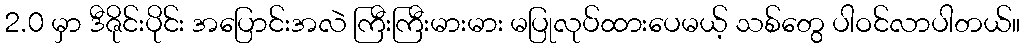
2.0 မှာ ဒီဇိုင်းပိုင်း အပြောင်းအလဲ ကြီးကြီးမားမား မပြုလုပ်ထားပေမယ့် သစ်တွေ ပါဝင်လာပါတယ်။